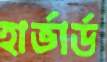
হার্ভার্ড